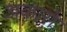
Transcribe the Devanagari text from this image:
अकासे